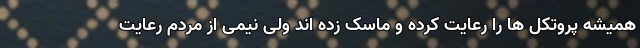
همیشه پروتکل ها را رعایت کرده و ماسک زده اند ولی نیمی از مردم رعایت